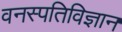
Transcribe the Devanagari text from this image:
वनस्‍पतिविज्ञान